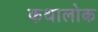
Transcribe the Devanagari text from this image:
कथालोक